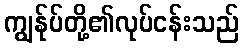
ကျွန်ုပ်တို့၏လုပ်ငန်းသည်